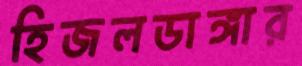
হিজলডাঙ্গার